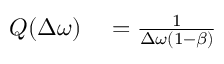
\begin{array} { r l } { Q ( \Delta \omega ) } & { { } = \frac { 1 } { \Delta \omega \left( 1 - \beta \right) } } \end{array}